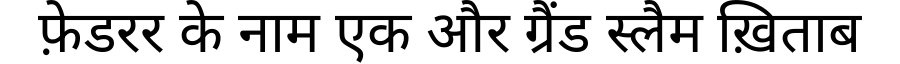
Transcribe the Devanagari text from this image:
फ़ेडरर के नाम एक और ग्रैंड स्लैम ख़िताब